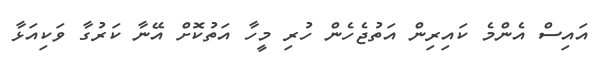
އައިސް އެންމެ ކައިރިން އަތުޖެހެން ހުރި މީހާ އަތުކޮށް އޭނާ ކަރުގާ ވަކިއަޅާ